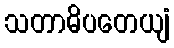
သတာဓိပတေယျံ